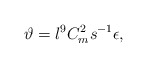
\begin{align*}\vartheta = l^{ 9} C^{2}_m s^{-1} \epsilon, \end{align*}